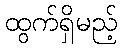
ထွက်ရှိမည့်